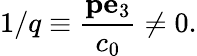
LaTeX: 1/q\equiv{\frac{{\mathbf p}{\mathbf e}_{3}}{c_{0}}}\neq 0.